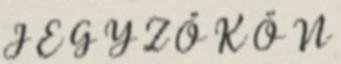
J E G Y Z Ő K Ö N